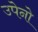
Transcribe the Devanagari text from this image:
उपेनो